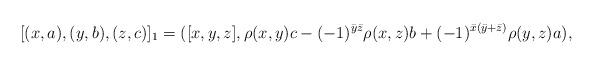
LaTeX: \begin{align*} [(x, a), (y, b), (z, c)]_1 = ([x, y, z], \rho(x, y)c -(-1)^{\bar y\bar z}\rho(x, z)b+(-1)^{\bar x(\bar y+\bar z)} \rho(y, z)a ), \end{align*}